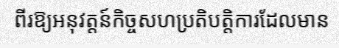
ពីរឱ្យអនុវត្តន៍កិច្ចសហប្រតិបត្តិការដែលមាន